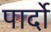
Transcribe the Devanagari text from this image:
पार्दो